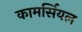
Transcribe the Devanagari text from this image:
कामर्सियल